Korporatsioon_Amicitia, lk 7
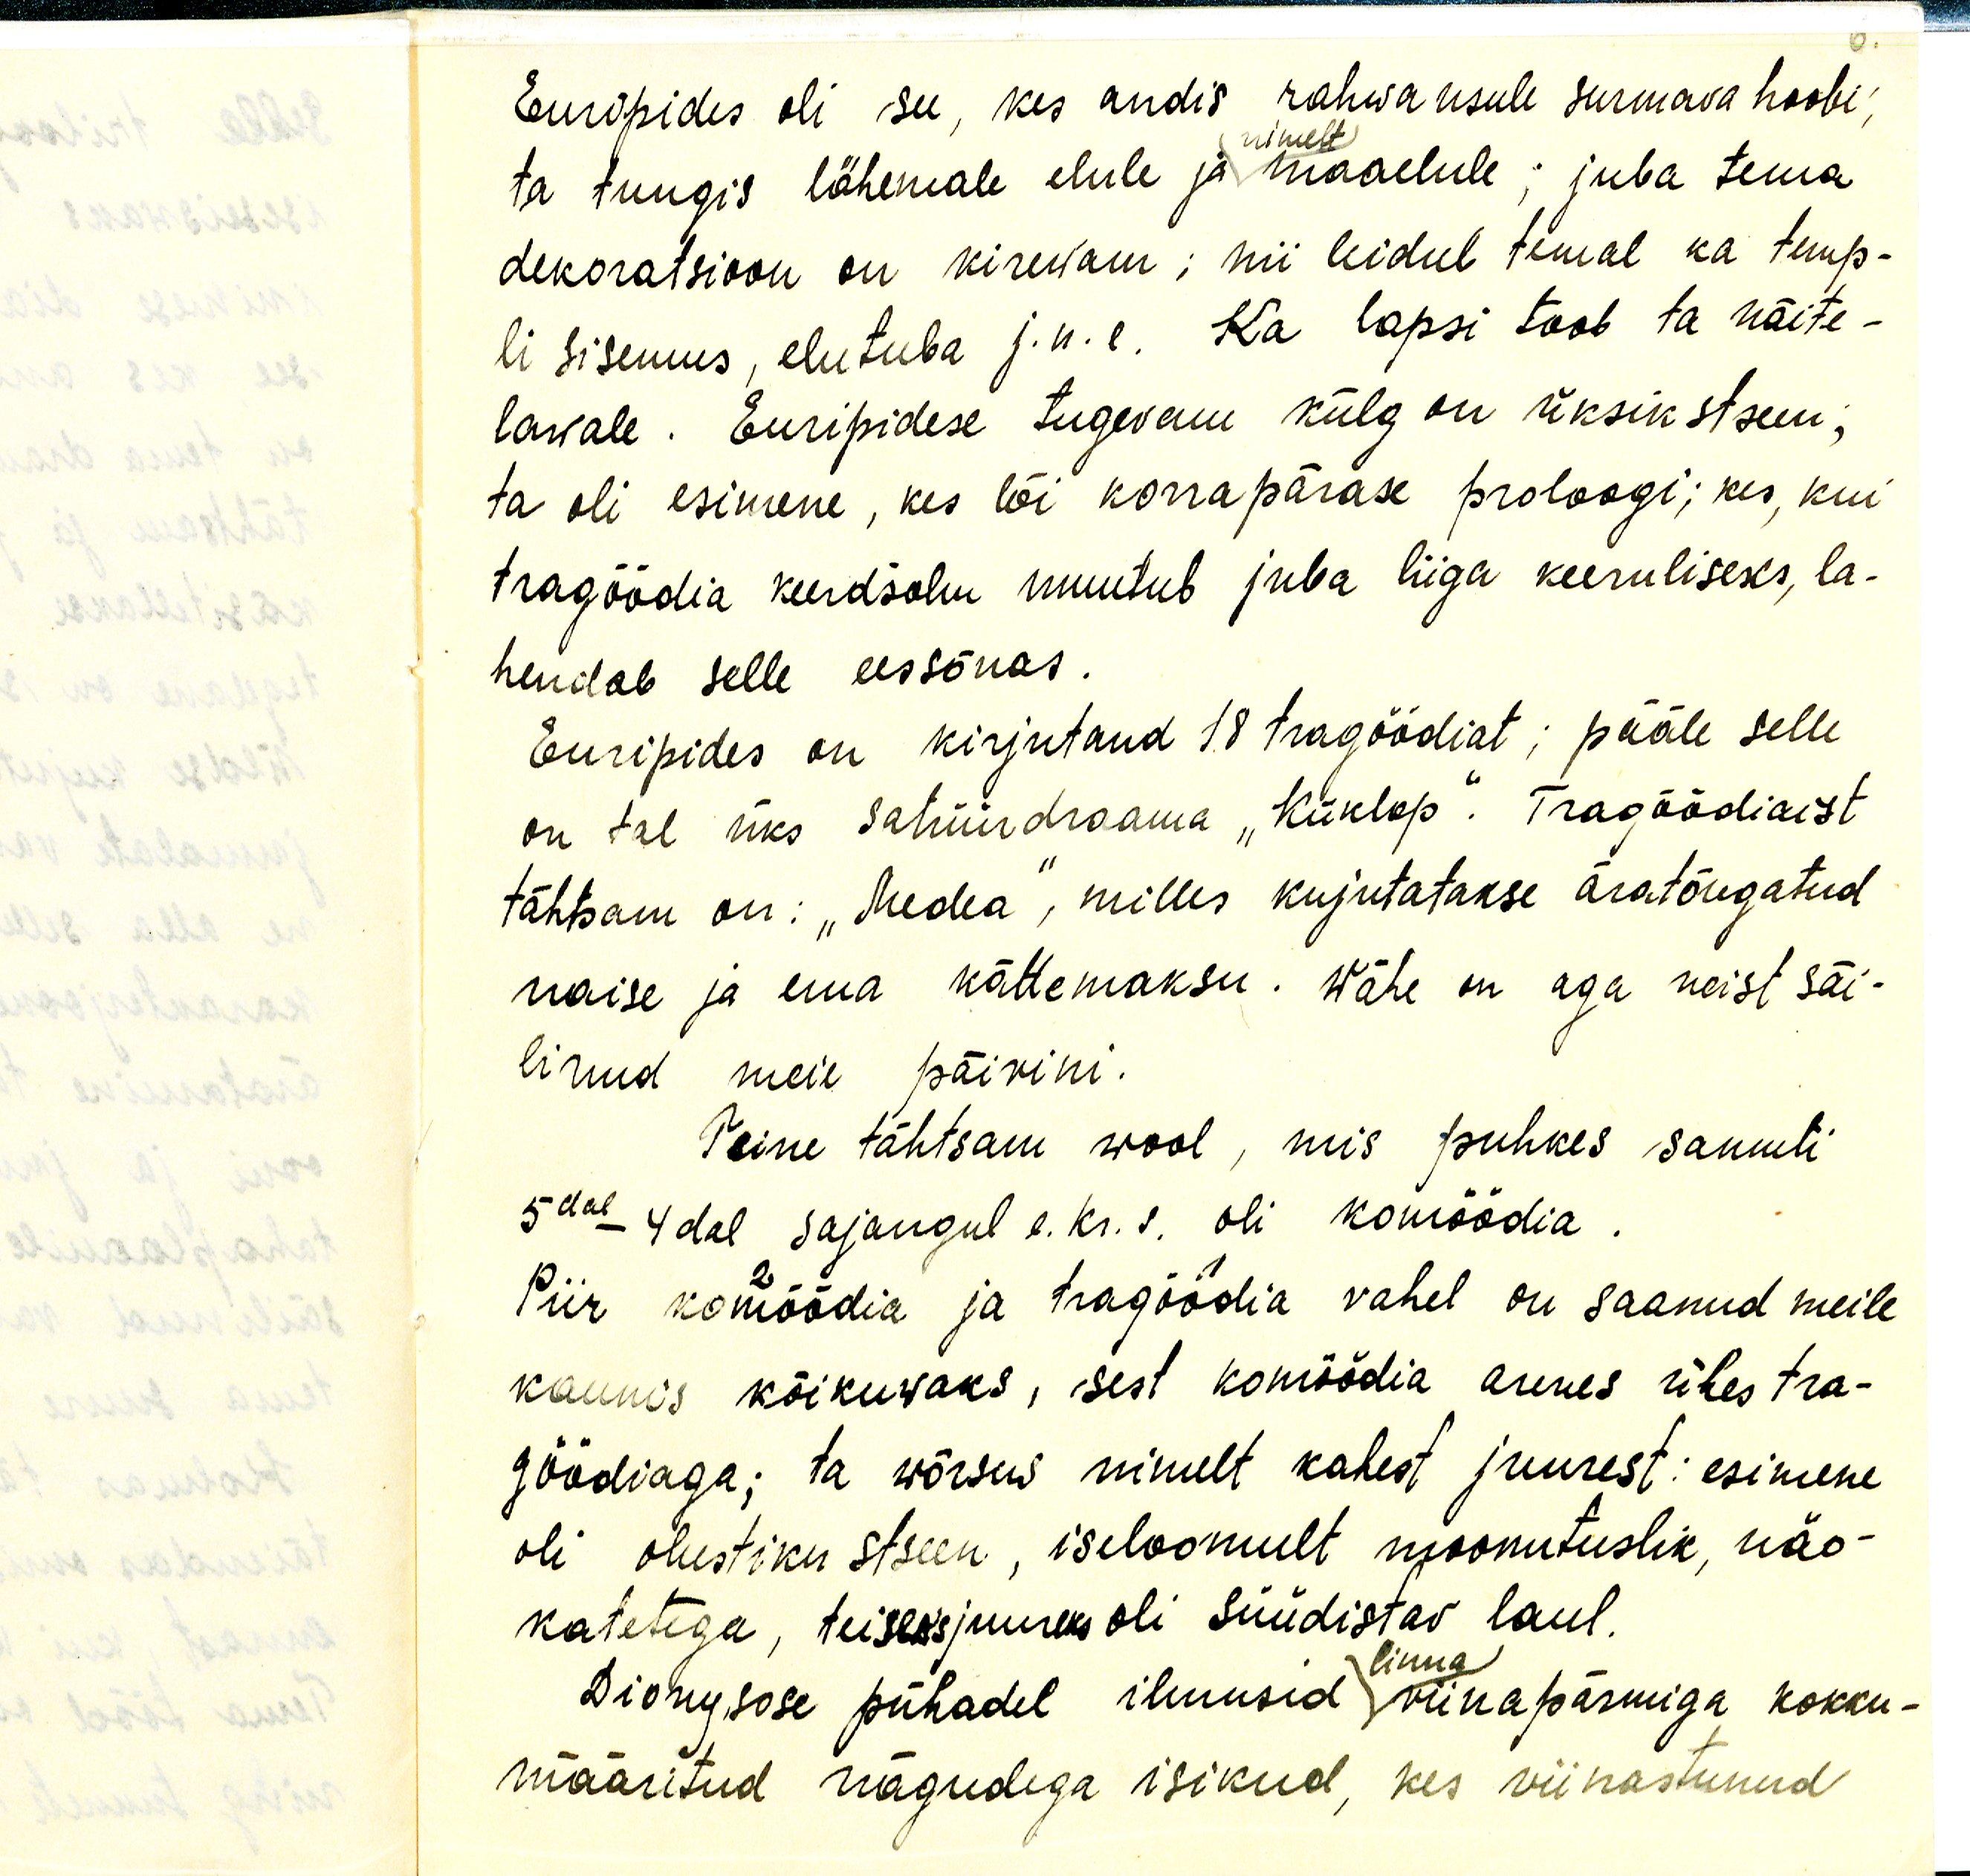
Euripides oli see, kes andis rahwa usule surmava hoobi,
nimelt
ta tungis lähemale elule ja maaelule; juba tema
dekoratsioon on kirewam; nii leidul temal ka temp-
li sisemus, elutuba j.n.e. Ka lapsi toob ta näite-
lawale. Euripidese tugevam külg on üksik stseen,
ta oli esimene, kes lõi korrapärase proloogi; kes, kui
tragöödia keerdsõlm muutub juba liiga keeruliseks, la-
hendab selle eessõnas.
Euripides on kirjutand 18 tragöödiat; pääle selle
on tal üks satüüdraama "Küklop". Tragöödiaist
tähtsam on: "Medea", milles kujutatakse äratõugatud
naise ja ema kättemaksu. Wähe on aga neist säi-
linud meie päivini.
Teine tähtsam wool, mis puhkes samuti
5dal- 4dal sajangul e. kr. s. oli komöödia.
Piir komöödia ja tragöödia vahel on saanud meile
kaunis kõikuvaks, sest komöödia arenes ühes tra-
göödiaga; ta wõrsus nimelt kahest juurest: esimene
oli olustiku stseen, iseloomult moonutuslik, näo-
katetega, teiseks juureks oli süüdistav laul.
linna
Dionysose pühadel ilmusid viinapärmiga kokku-
määritud nägudega isikud, kes viinastunud